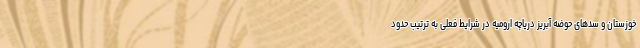
خوزستان و سدهای حوضه آبریز دریاچه ارومیه در شرایط فعلی به ترتیب حدود